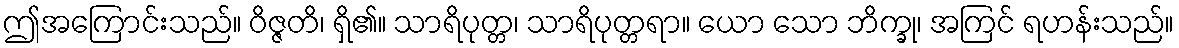
ဤအကြောင်းသည်။ ဝိဇ္ဇတိ၊ ရှိ၏။ သာရိပုတ္တ၊ သာရိပုတ္တရာ။ ယော သော ဘိက္ခု၊ အကြင် ရဟန်းသည်။